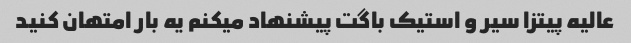
عالیه پیتزا سیر و استیک باگت پیشنهاد میکنم یه بار امتهان کنید